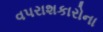
વપરાશકારોના